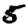
Digit: 5